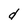
Character: d